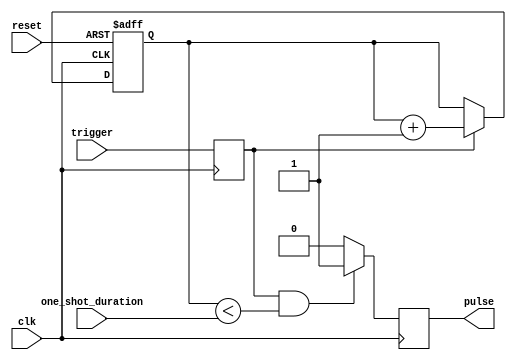
module one_shot_timer (
    input clk,
    input trigger,
    input reset,
    input [7:0] one_shot_duration,
    output reg pulse
);

reg [7:0] count;
reg trigger_sync;

always @(posedge clk or posedge reset) begin
    if (reset)
        count <= 0;
    else if (trigger_sync)
        count <= count + 1;
end

always @(posedge clk) begin
    trigger_sync <= trigger;
    
    if (trigger_sync && count < one_shot_duration)
        pulse <= 1;
    else
        pulse <= 0;
end

endmodule